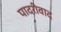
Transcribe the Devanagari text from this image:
पादरीवाद